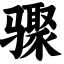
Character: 骤